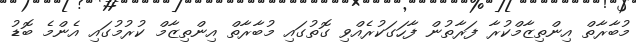
މުބާރާތް އިންތިޒާމްކުރާ ފަރާތުން ފާހަގަކުރެއްވި ގޮތުގައި މުބާރާތް އިންތިޒާމް ކުރުމުގައި އެންމެ ބޮޑު